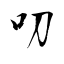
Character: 叨